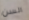
السن